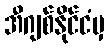
အီဂျစ်နိုင်ငံမှ